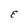
Character: E